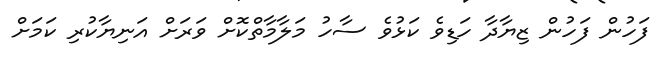
ފަހުން ފަހުން ޒިޔާދާ ހަޑިވެ ކަޅުވެ ސާހު މަލާމާތްކޮށް ވަރަށް އަނިޔާކުރި ކަމަށް